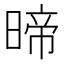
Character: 𭦽